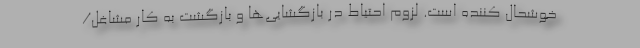
خوشحال کننده است. لزوم احتیاط در بازگشایی‌ها و بازگشت به کار مشاغل/